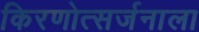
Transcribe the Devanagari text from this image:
किरणोत्सर्जनाला